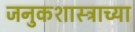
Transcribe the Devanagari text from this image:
जनुकशास्त्राच्या